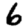
Digit: 6